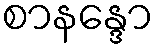
စာနန္ဒော